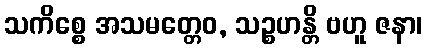
သကိစ္စေ အသမတ္တေဝ, သဉ္စဟန္တိ ဗဟူ ဇနာ၊